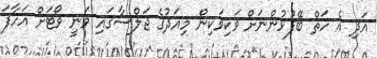
އަދި އެ ހަތް ބޭފުޅުންނަށް ވަކިވަކިން މިއަދުގެ ޖަލްސާގައި ވަނީ ވޯޓަށް އަހާފަ